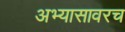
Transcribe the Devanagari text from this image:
अभ्यासावरच